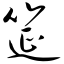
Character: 筵